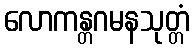
လောကန္တဂမနသုတ္တံ